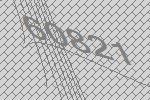
60821